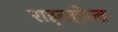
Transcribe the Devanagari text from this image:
राइनहोल्ड